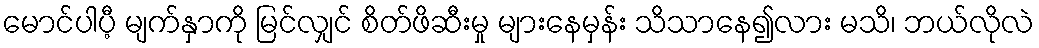
မောင်ပါပီ့ မျက်နှာကို မြင်လျှင် စိတ်ဖိဆီးမှု များနေမှန်း သိသာနေ၍လား မသိ၊ ဘယ်လိုလဲ